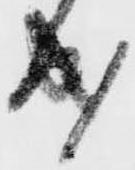
成